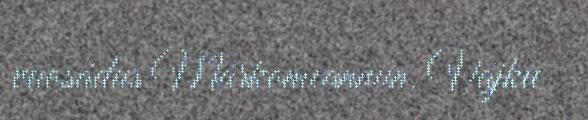
vuosádus Márkomeannun. Vájku